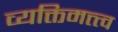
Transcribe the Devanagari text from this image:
व्यक्तिमत्त्त्व